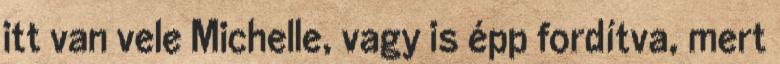
itt van vele Michelle, vagy is épp fordítva, mert